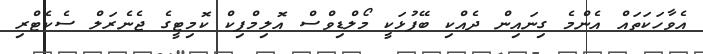
އެވާހަކަތައް އެންމެ ގިނައިން ދެއްކި ބޭފުޅަކީ މޯލްޑިވްސް އޮލިމްޕިކް ކޮމިޓީގެ ޖެނެރަލް ސެކެޓްރި